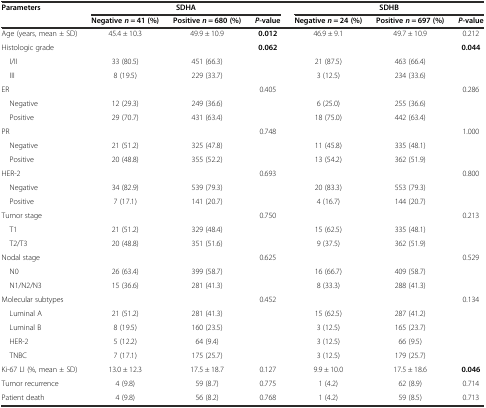
<table><thead><tr><td rowspan="2"><b>Parameters</b></td><td colspan="3"><b>SDHA</b></td><td colspan="3"><b>SDHB</b></td></tr><tr><td><b>Negative <i>n</i> = 41 (%)</b></td><td><b>Positive <i>n</i> = 680 (%)</b></td><td><b><i>P</i>-value</b></td><td><b>Negative <i>n</i> = 24 (%)</b></td><td><b>Positive <i>n</i> = 697 (%)</b></td><td><b><i>P</i>-value</b></td></tr></thead><tbody><tr><td>Age (years, mean ± SD)</td><td>45.4 ± 10.3</td><td>49.9 ± 10.9</td><td><b>0.012</b></td><td>46.9 ± 9.1</td><td>49.7 ± 10.9</td><td>0.212</td></tr><tr><td>Histologic grade</td><td></td><td></td><td><b>0.062</b></td><td></td><td></td><td><b>0.044</b></td></tr><tr><td> I/II</td><td>33 (80.5)</td><td>451 (66.3)</td><td></td><td>21 (87.5)</td><td>463 (66.4)</td><td></td></tr><tr><td> III</td><td>8 (19.5)</td><td>229 (33.7)</td><td></td><td>3 (12.5)</td><td>234 (33.6)</td><td></td></tr><tr><td>ER</td><td></td><td></td><td>0.405</td><td></td><td></td><td>0.286</td></tr><tr><td> Negative</td><td>12 (29.3)</td><td>249 (36.6)</td><td></td><td>6 (25.0)</td><td>255 (36.6)</td><td></td></tr><tr><td> Positive</td><td>29 (70.7)</td><td>431 (63.4)</td><td></td><td>18 (75.0)</td><td>442 (63.4)</td><td></td></tr><tr><td>PR</td><td></td><td></td><td>0.748</td><td></td><td></td><td>1.000</td></tr><tr><td> Negative</td><td>21 (51.2)</td><td>325 (47.8)</td><td></td><td>11 (45.8)</td><td>335 (48.1)</td><td></td></tr><tr><td> Positive</td><td>20 (48.8)</td><td>355 (52.2)</td><td></td><td>13 (54.2)</td><td>362 (51.9)</td><td></td></tr><tr><td>HER-2</td><td></td><td></td><td>0.693</td><td></td><td></td><td>0.800</td></tr><tr><td> Negative</td><td>34 (82.9)</td><td>539 (79.3)</td><td></td><td>20 (83.3)</td><td>553 (79.3)</td><td></td></tr><tr><td> Positive</td><td>7 (17.1)</td><td>141 (20.7)</td><td></td><td>4 (16.7)</td><td>144 (20.7)</td><td></td></tr><tr><td>Tumor stage</td><td></td><td></td><td>0.750</td><td></td><td></td><td>0.213</td></tr><tr><td> T1</td><td>21 (51.2)</td><td>329 (48.4)</td><td></td><td>15 (62.5)</td><td>335 (48.1)</td><td></td></tr><tr><td> T2/T3</td><td>20 (48.8)</td><td>351 (51.6)</td><td></td><td>9 (37.5)</td><td>362 (51.9)</td><td></td></tr><tr><td>Nodal stage</td><td></td><td></td><td>0.625</td><td></td><td></td><td>0.529</td></tr><tr><td> N0</td><td>26 (63.4)</td><td>399 (58.7)</td><td></td><td>16 (66.7)</td><td>409 (58.7)</td><td></td></tr><tr><td> N1/N2/N3</td><td>15 (36.6)</td><td>281 (41.3)</td><td></td><td>8 (33.3)</td><td>288 (41.3)</td><td></td></tr><tr><td>Molecular subtypes</td><td></td><td></td><td>0.452</td><td></td><td></td><td>0.134</td></tr><tr><td> Luminal A</td><td>21 (51.2)</td><td>281 (41.3)</td><td></td><td>15 (62.5)</td><td>287 (41.2)</td><td></td></tr><tr><td> Luminal B</td><td>8 (19.5)</td><td>160 (23.5)</td><td></td><td>3 (12.5)</td><td>165 (23.7)</td><td></td></tr><tr><td> HER-2</td><td>5 (12.2)</td><td>64 (9.4)</td><td></td><td>3 (12.5)</td><td>66 (9.5)</td><td></td></tr><tr><td> TNBC</td><td>7 (17.1)</td><td>175 (25.7)</td><td></td><td>3 (12.5)</td><td>179 (25.7)</td><td></td></tr><tr><td>Ki-67 LI (%, mean ± SD)</td><td>13.0 ± 12.3</td><td>17.5 ± 18.7</td><td>0.127</td><td>9.9 ± 10.0</td><td>17.5 ± 18.6</td><td><b>0.046</b></td></tr><tr><td>Tumor recurrence</td><td>4 (9.8)</td><td>59 (8.7)</td><td>0.775</td><td>1 (4.2)</td><td>62 (8.9)</td><td>0.714</td></tr><tr><td>Patient death</td><td>4 (9.8)</td><td>56 (8.2)</td><td>0.768</td><td>1 (4.2)</td><td>59 (8.5)</td><td>0.713</td></tr></tbody></table>